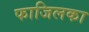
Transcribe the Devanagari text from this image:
फाजिलका